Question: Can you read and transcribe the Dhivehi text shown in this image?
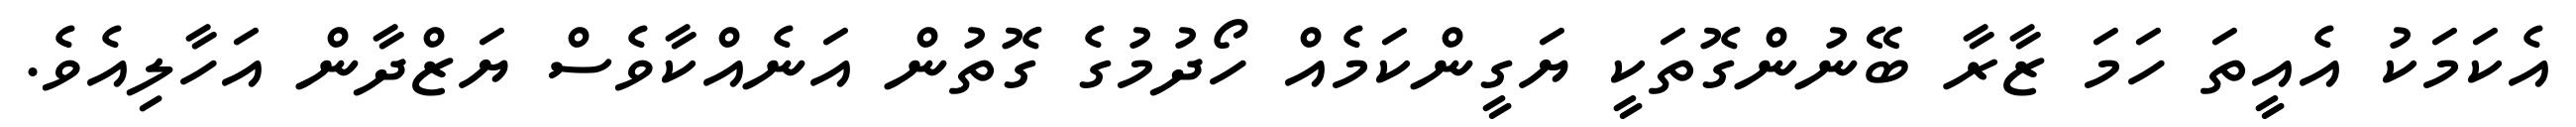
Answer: އެކަމަކު އެއީތަ ހަމަ ޒާރާ ބޭނުންގޮތަކީ ޔަގީންކަމެއް ހޯދުމުގެ ގޮތުން އަނެއްކާވެސް ޔަޒްދާން އަހާލިއެވެ.